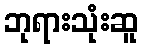
ဘုရားသုံးဆူ